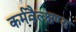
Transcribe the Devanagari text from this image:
कर्मवैल्क्षण्य